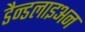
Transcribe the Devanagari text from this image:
डैन्डलाइअन